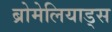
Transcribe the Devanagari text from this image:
ब्रोमेलियाड्स